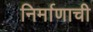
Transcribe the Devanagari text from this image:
निर्माणाची